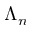
\Lambda _ { n }